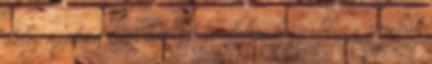
dolog majdnem kimaradt Azt gondolom, hogy ebben a témában